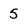
Character: 5